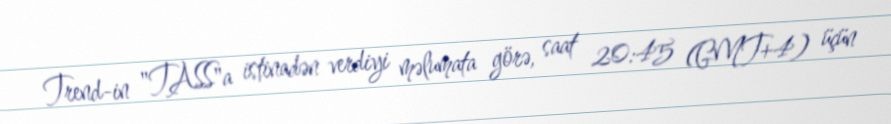
Trend-in "TASS"a istinadən verdiyi məlumata görə, saat 20:45 (GMT+4) üçün